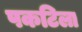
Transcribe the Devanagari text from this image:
पकटिला